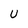
Character: U